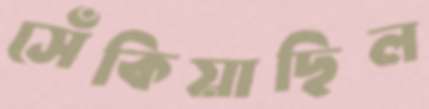
সেঁকিয়াছিল